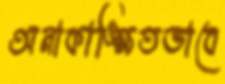
অনাকাঙ্ক্ষিতভাবে